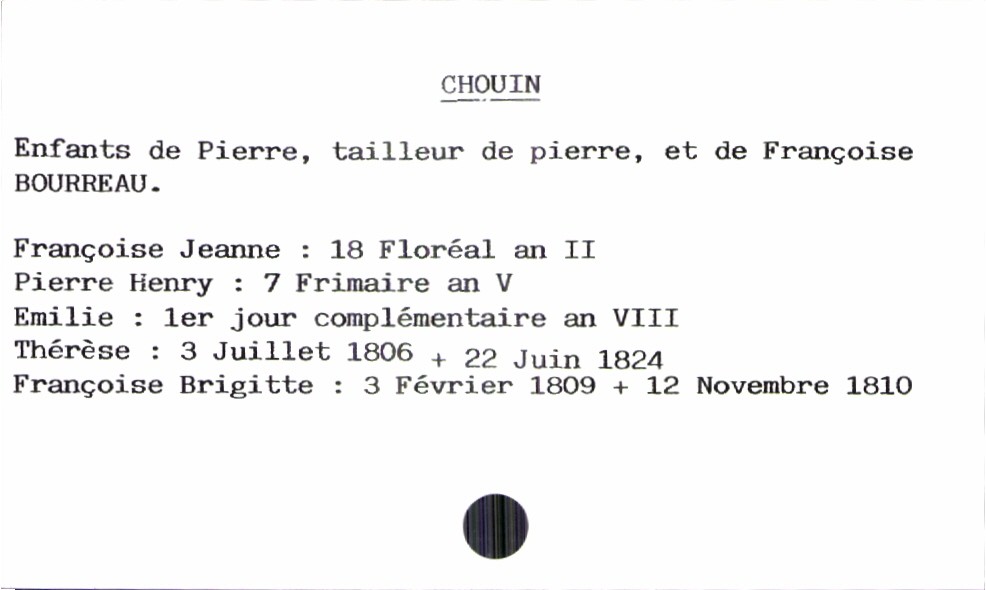
type_acte: Baptême
filiation: fille
enfant_prénom: Françoise Brigitte
enfant_date_de_naissance: 3 février 1809
enfant_date_de_décès: 12 novembre 1810
père_enfant_nom: Chouin
père_enfant_prénom: Pierre
père_enfant_profession: tailleur de pierre
mère_enfant_nom: Bourreau
mère_enfant_prénom: Françoise